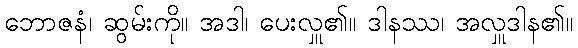
ဘောဇနံ၊ ဆွမ်းကို။ အဒါ၊ ပေးလှူ၏။ ဒါနဿ၊ အလှူဒါန၏။